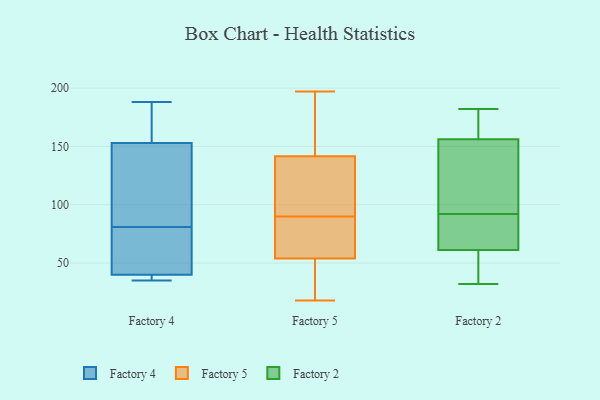
{"axis": {"x": "Demand Index", "y": "Value"}, "legend": ["Factory 2", "Factory 4", "Factory 5"], "data": [{"x": "", "y": 166, "type": "Factory 4"}, {"x": "", "y": 188, "type": "Factory 4"}, {"x": "", "y": 46, "type": "Factory 4"}, {"x": "", "y": 39, "type": "Factory 4"}, {"x": "", "y": 77, "type": "Factory 4"}, {"x": "", "y": 140, "type": "Factory 4"}, {"x": "", "y": 38, "type": "Factory 4"}, {"x": "", "y": 180, "type": "Factory 4"}, {"x": "", "y": 112, "type": "Factory 4"}, {"x": "", "y": 41, "type": "Factory 4"}, {"x": "", "y": 85, "type": "Factory 4"}, {"x": "", "y": 35, "type": "Factory 4"}, {"x": "", "y": 142, "type": "Factory 5"}, {"x": "", "y": 197, "type": "Factory 5"}, {"x": "", "y": 72, "type": "Factory 5"}, {"x": "", "y": 21, "type": "Factory 5"}, {"x": "", "y": 125, "type": "Factory 5"}, {"x": "", "y": 90, "type": "Factory 5"}, {"x": "", "y": 50, "type": "Factory 5"}, {"x": "", "y": 174, "type": "Factory 5"}, {"x": "", "y": 66, "type": "Factory 5"}, {"x": "", "y": 18, "type": "Factory 5"}, {"x": "", "y": 190, "type": "Factory 5"}, {"x": "", "y": 140, "type": "Factory 5"}, {"x": "", "y": 101, "type": "Factory 5"}, {"x": "", "y": 82, "type": "Factory 5"}, {"x": "", "y": 31, "type": "Factory 5"}, {"x": "", "y": 68, "type": "Factory 2"}, {"x": "", "y": 165, "type": "Factory 2"}, {"x": "", "y": 58, "type": "Factory 2"}, {"x": "", "y": 182, "type": "Factory 2"}, {"x": "", "y": 114, "type": "Factory 2"}, {"x": "", "y": 81, "type": "Factory 2"}, {"x": "", "y": 32, "type": "Factory 2"}, {"x": "", "y": 157, "type": "Factory 2"}, {"x": "", "y": 59, "type": "Factory 2"}, {"x": "", "y": 92, "type": "Factory 2"}, {"x": "", "y": 154, "type": "Factory 2"}]}